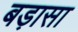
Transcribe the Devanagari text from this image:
बड़ासा